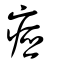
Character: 瘂